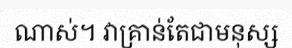
ណាស់។ វាគ្រាន់តែជាមនុស្ស